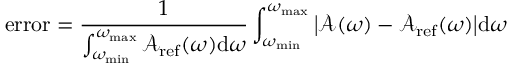
\mathrm { e r r o r } = \frac { 1 } { \int _ { \omega _ { \mathrm { m i n } } } ^ { \omega _ { \mathrm { m a x } } } \mathcal { A } _ { \mathrm { r e f } } ( \omega ) \mathrm { d } \omega } \int _ { \omega _ { \mathrm { m i n } } } ^ { \omega _ { \mathrm { m a x } } } \big | \mathcal { A } ( \omega ) - \mathcal { A } _ { \mathrm { r e f } } ( \omega ) \big | \mathrm { d } \omega